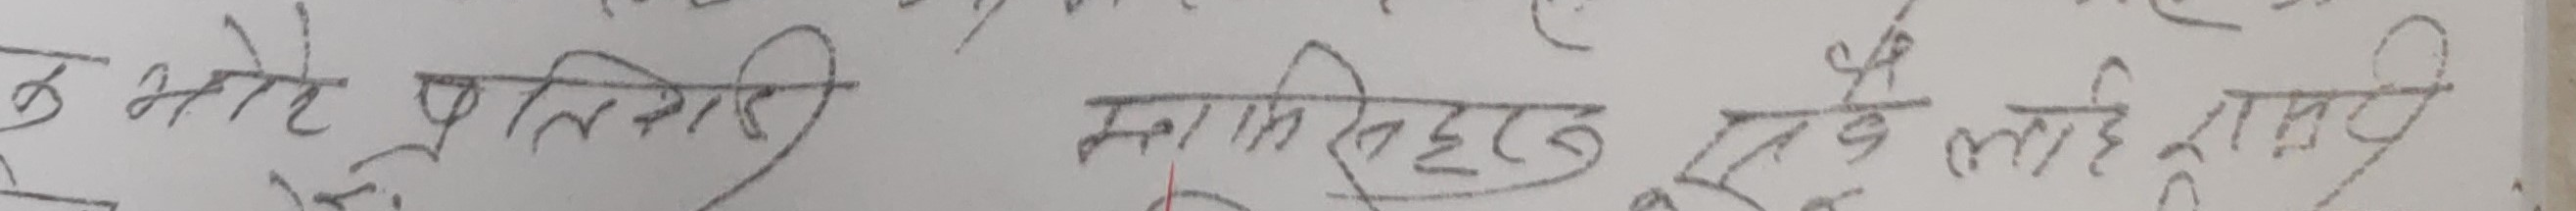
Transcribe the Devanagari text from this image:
क. आढे प्रतिहारी, महाबिरुद्ध, युद्ध है लाई राम्रो छ।